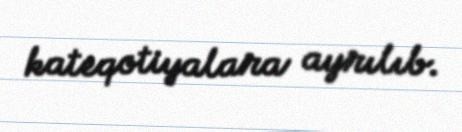
kateqotiyalara ayrılıb.